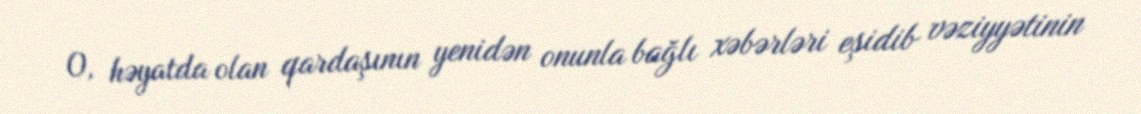
O, həyatda olan qardaşının yenidən onunla bağlı xəbərləri eşidib vəziyyətinin